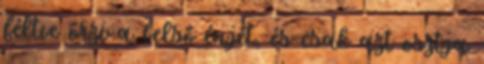
féltve őrzi a belső énjét, és csak azt osztja